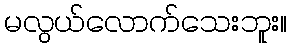
မလွယ်လောက်သေးဘူး။